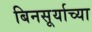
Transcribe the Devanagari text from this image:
बिनसूर्याच्या